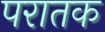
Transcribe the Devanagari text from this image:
परातक